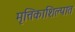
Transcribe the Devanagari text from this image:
मृत्तिकाशिल्पात